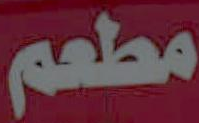
مطعم